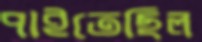
পাইতেছিল